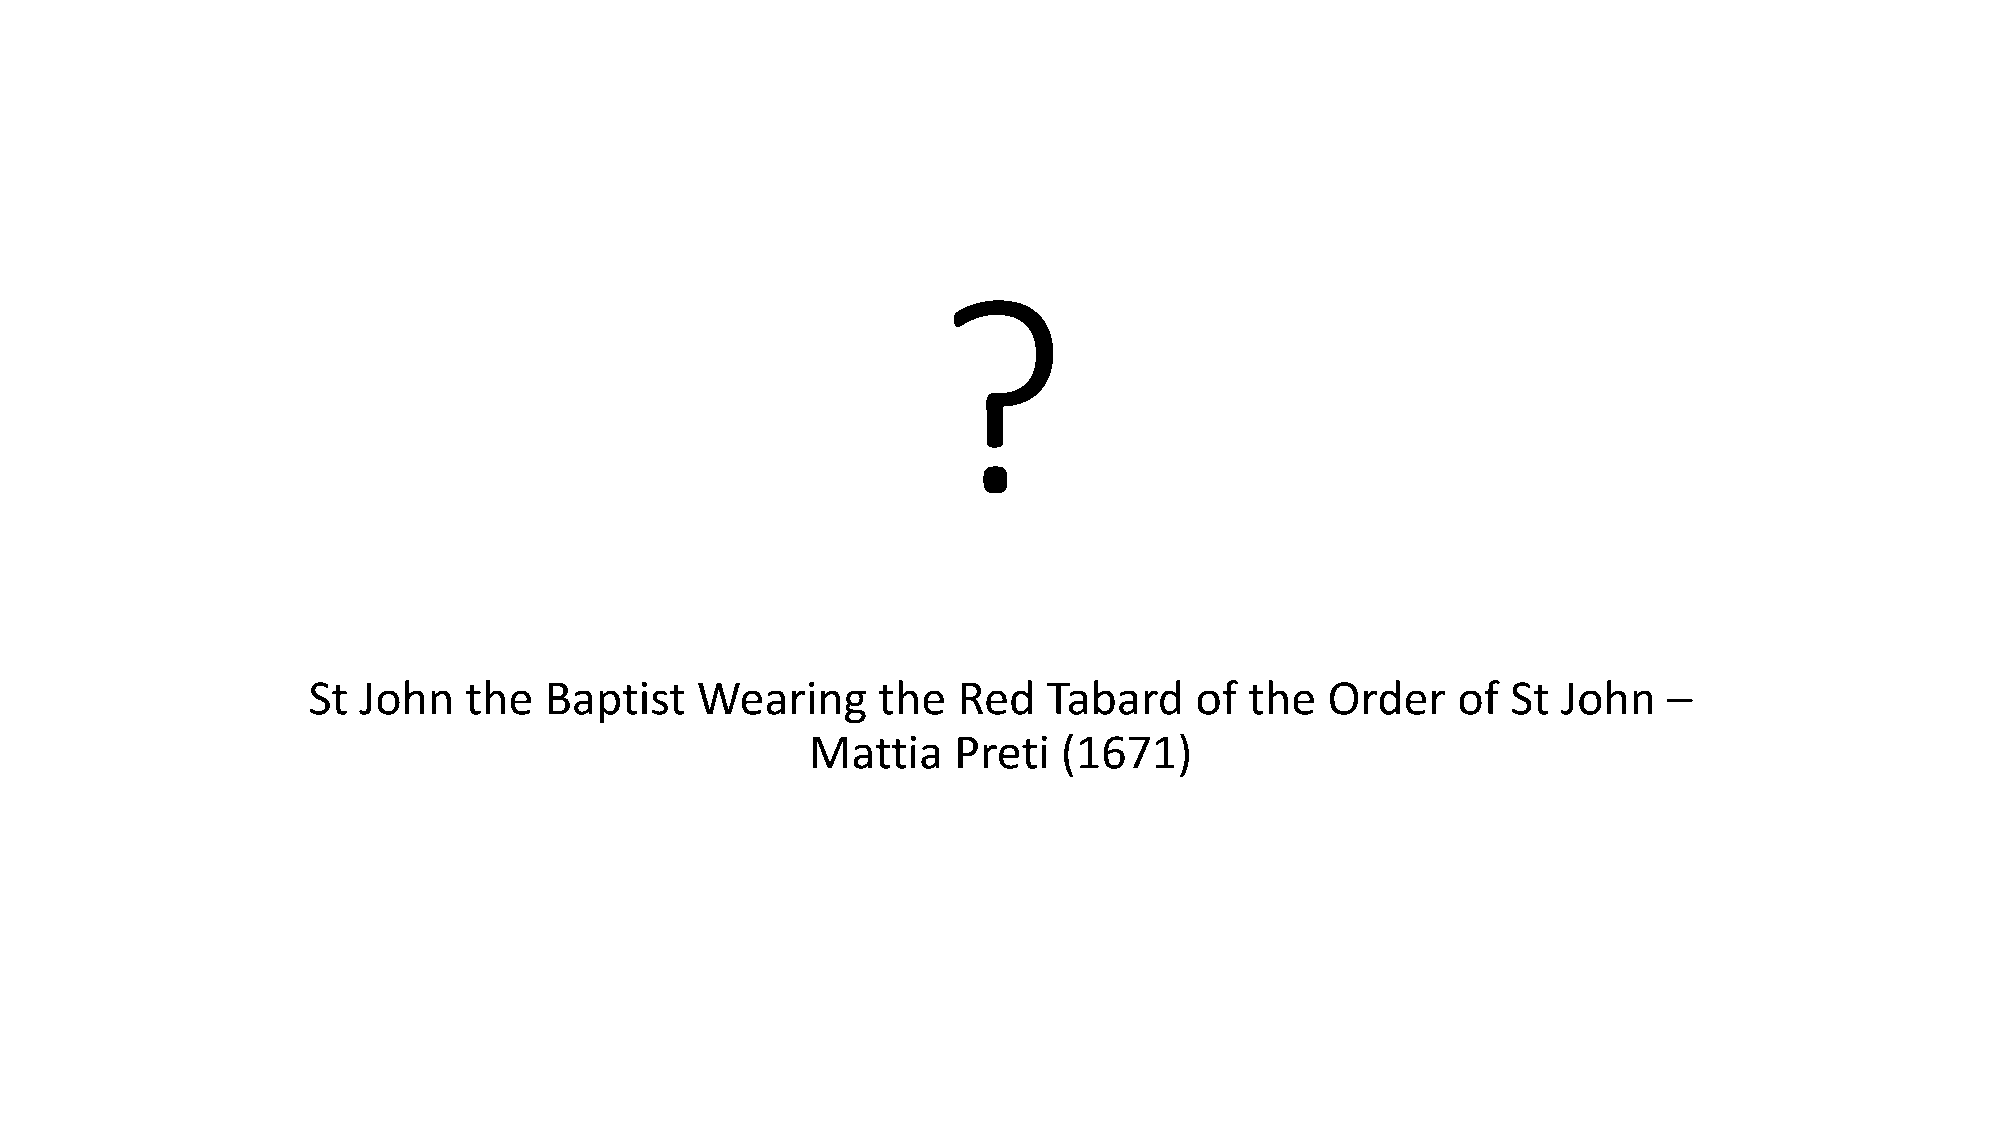
?
 St  John   the  Baptist   Wearing     the  Red   Tabard    of  the  Order   of  St John   –
 Mattia   Preti  (1671)